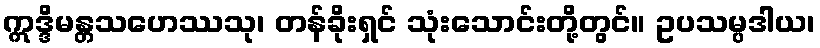
ဣဒ္ဒိမန္တသဟေဿသု၊ တန်ခိုးရှင် သုံးသောင်းတို့တွင်။ ဥပသမ္ပဒါယ၊